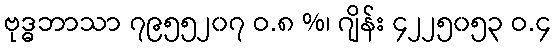
ဗုဒ္ဓဘာသာ ၇၉၅၅၂၀၇ ဝ.၈ %၊ ဂျိန်း ၄၂၂၅၀၅၃ ဝ.၄